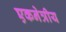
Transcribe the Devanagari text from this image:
एकनेत्रीय